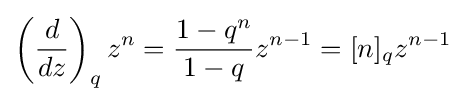
\left({\frac {d}{dz}}\right)_{q}z^{n}={\frac {1-q^{n}}{1-q}}z^{n-1}=[n]_{q}z^{n-1}